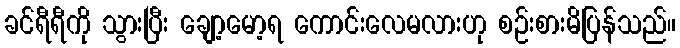
ခင်ရီရီကို သွားပြီး ချော့မော့ရ ကောင်းလေမလားဟု စဉ်းစားမိပြန်သည်။